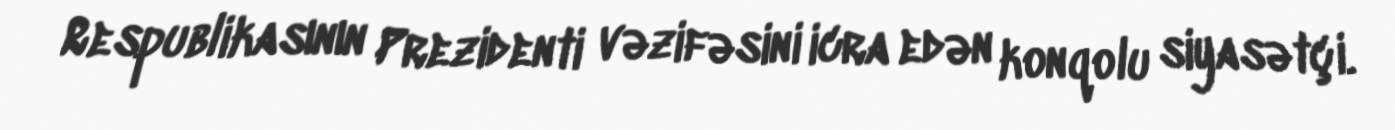
Respublikasının Prezidenti vəzifəsini icra edən konqolu siyasətçi.